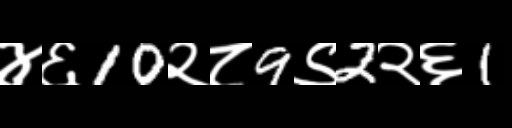
Text: ४६10२८9९2२६1